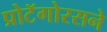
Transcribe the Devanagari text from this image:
प्रोटॅगोरसने